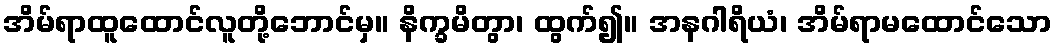
အိမ်ရာထူထောင်လူတို့ဘောင်မှ။ နိက္ခမိတွာ၊ ထွက်၍။ အနဂါရိယံ၊ အိမ်ရာမထောင်သော